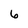
Character: 6